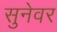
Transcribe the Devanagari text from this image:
सुनेवर